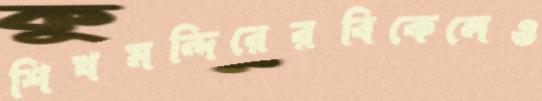
শিখমন্দিরেরবিকেলেও